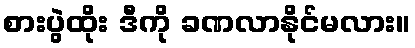
စားပွဲထိုး ဒီကို ခဏလာနိုင်မလား။